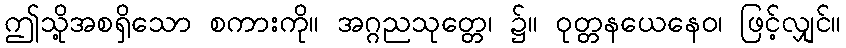
ဤသို့အစရှိသော စကားကို။ အဂ္ဂညသုတ္တေ၊ ၌။ ဝုတ္တနယေနေဝ၊ ဖြင့်လျှင်။